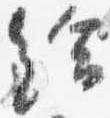
給